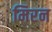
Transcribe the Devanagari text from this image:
मिरन